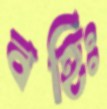
বহিঃ